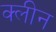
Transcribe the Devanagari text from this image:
क्‍लीन